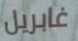
غابريل